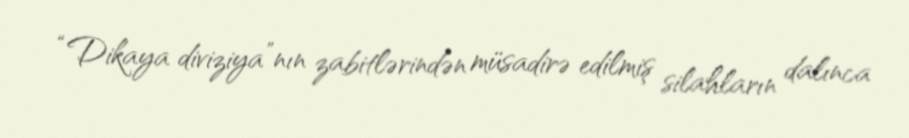
“Dikaya diviziya”nın zabitlərindən müsadirə edilmiş silahların dalınca